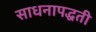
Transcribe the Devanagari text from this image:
साधनापद्धती